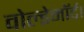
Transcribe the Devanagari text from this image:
वोल्डेमॉर्ट।